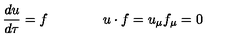
\frac { d u } { d \tau } = f \qquad \qquad u \cdot f = u _ { \mu } f _ { \mu } = 0